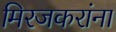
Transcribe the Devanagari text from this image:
मिरजकरांना